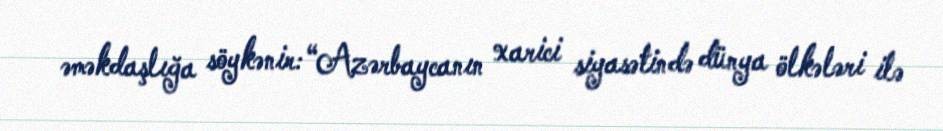
əməkdaşlığa söykənir: “Azərbaycanın xarici siyasətində dünya ölkələri ilə